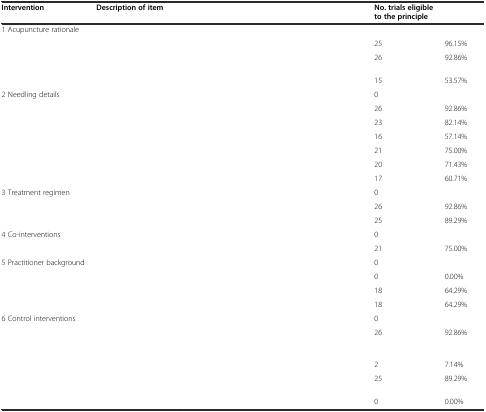
<table><thead><tr><td><b>Intervention</b></td><td><b>Description of item</b></td><td><b>No. trials eligible to the principle</b></td><td>[EMPTY_CELL]</td></tr></thead><tbody><tr><td>1 Acupuncture rationale</td><td>[EMPTY_CELL]</td><td>[EMPTY_CELL]</td><td>[EMPTY_CELL]</td></tr><tr><td>[EMPTY_CELL]</td><td>[EMPTY_CELL]</td><td>25</td><td>96.15%</td></tr><tr><td>[EMPTY_CELL]</td><td>[EMPTY_CELL]</td><td>26</td><td>92.86%</td></tr><tr><td>[EMPTY_CELL]</td><td>[EMPTY_CELL]</td><td>15</td><td>53.57%</td></tr><tr><td>2 Needling details</td><td>[EMPTY_CELL]</td><td>0</td><td>[EMPTY_CELL]</td></tr><tr><td>[EMPTY_CELL]</td><td>[EMPTY_CELL]</td><td>26</td><td>92.86%</td></tr><tr><td>[EMPTY_CELL]</td><td>[EMPTY_CELL]</td><td>23</td><td>82.14%</td></tr><tr><td>[EMPTY_CELL]</td><td>[EMPTY_CELL]</td><td>16</td><td>57.14%</td></tr><tr><td>[EMPTY_CELL]</td><td>[EMPTY_CELL]</td><td>21</td><td>75.00%</td></tr><tr><td>[EMPTY_CELL]</td><td>[EMPTY_CELL]</td><td>20</td><td>71.43%</td></tr><tr><td>[EMPTY_CELL]</td><td>[EMPTY_CELL]</td><td>17</td><td>60.71%</td></tr><tr><td>3 Treatment regimen</td><td>[EMPTY_CELL]</td><td>0</td><td>[EMPTY_CELL]</td></tr><tr><td>[EMPTY_CELL]</td><td>[EMPTY_CELL]</td><td>26</td><td>92.86%</td></tr><tr><td>[EMPTY_CELL]</td><td>[EMPTY_CELL]</td><td>25</td><td>89.29%</td></tr><tr><td>4 Co-interventions</td><td>[EMPTY_CELL]</td><td>0</td><td>[EMPTY_CELL]</td></tr><tr><td>[EMPTY_CELL]</td><td>[EMPTY_CELL]</td><td>21</td><td>75.00%</td></tr><tr><td>5 Practitioner background</td><td>[EMPTY_CELL]</td><td>0</td><td>[EMPTY_CELL]</td></tr><tr><td>[EMPTY_CELL]</td><td>[EMPTY_CELL]</td><td>0</td><td>0.00%</td></tr><tr><td>[EMPTY_CELL]</td><td>[EMPTY_CELL]</td><td>18</td><td>64.29%</td></tr><tr><td>[EMPTY_CELL]</td><td>[EMPTY_CELL]</td><td>18</td><td>64.29%</td></tr><tr><td>6 Control interventions</td><td>[EMPTY_CELL]</td><td>0</td><td>[EMPTY_CELL]</td></tr><tr><td>[EMPTY_CELL]</td><td>[EMPTY_CELL]</td><td>26</td><td>92.86%</td></tr><tr><td>[EMPTY_CELL]</td><td>[EMPTY_CELL]</td><td>2</td><td>7.14%</td></tr><tr><td>[EMPTY_CELL]</td><td>[EMPTY_CELL]</td><td>25</td><td>89.29%</td></tr><tr><td>[EMPTY_CELL]</td><td>[EMPTY_CELL]</td><td>0</td><td>0.00%</td></tr></tbody></table>